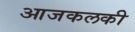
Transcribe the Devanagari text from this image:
आजकलकी